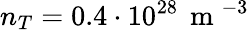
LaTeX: n_{T}=0.4\cdot 10^{28}\, \mathrm{~m~}^{-3}